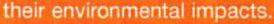
their environmental impacts.